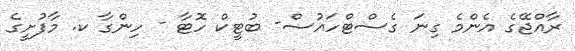
ރާއްޖޭގެ އެންމެ ގިނަ ގެސްޓްހައުސް- ބުޓީކް ހޮޓާ - ހިންގާ ކ. މާފުށީގެ